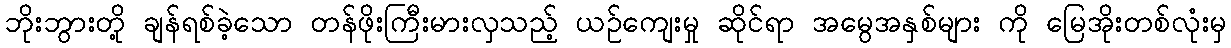
ဘိုးဘွားတို့ ချန်ရစ်ခဲ့သော တန်ဖိုးကြီးမားလှသည့် ယဉ်ကျေးမှု ဆိုင်ရာ အမွေအနှစ်များ ကို မြေအိုးတစ်လုံးမှ